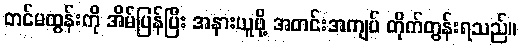
တင်မထွန်းကို အိမ်ပြန်ပြီး အနားယူဖို့ အတင်းအကျပ် တိုက်တွန်းရသည်။